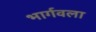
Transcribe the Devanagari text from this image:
भार्गवला